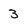
Character: 3